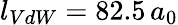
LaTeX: l_{VdW}=82.5\, a_{0}